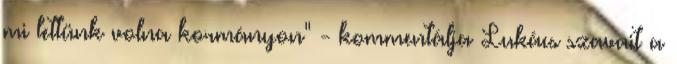
mi lettünk volna kormányon" - kommentálja Lukács szavait a